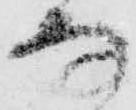
な